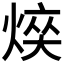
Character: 𤋋